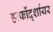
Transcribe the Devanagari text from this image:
हर्त्फोर्द्शायर